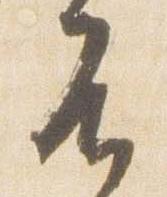
不